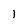
Character: l